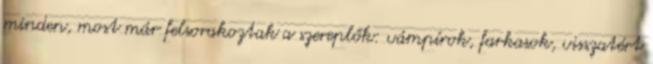
minden, most már felsorakoztak a szereplők: vámpírok, farkasok, visszatért